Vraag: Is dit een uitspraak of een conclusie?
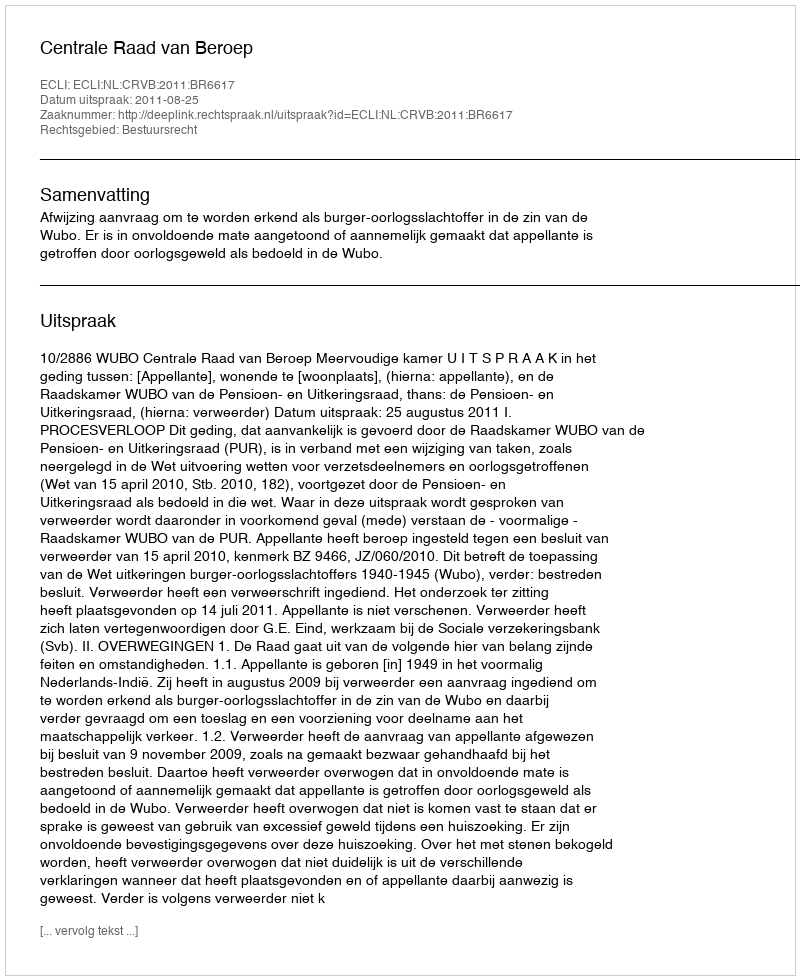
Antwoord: Uitspraak